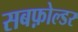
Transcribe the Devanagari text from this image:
सबफ़ोल्डर